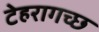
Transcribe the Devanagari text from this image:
टेहरागच्छ